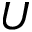
U